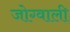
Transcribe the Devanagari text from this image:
जोग्वाली